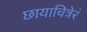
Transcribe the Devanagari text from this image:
छायाचित्रेरं